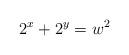
LaTeX: \begin{align*}2^x + 2^y = w^2\end{align*}